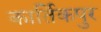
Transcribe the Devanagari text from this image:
कार्तिकपुर